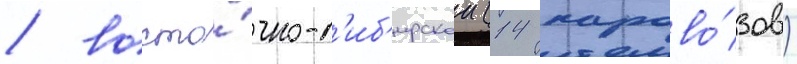
/ восто́чно-с'иб'ирскои (14 парово́зов)